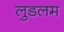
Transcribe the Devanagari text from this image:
लुडलम